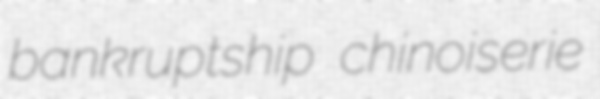
bankruptship chinoiserie